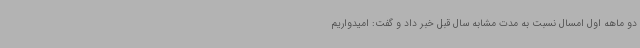
دو ماهه اول امسال نسبت به مدت مشابه سال قبل خبر داد و گفت: امیدواریم